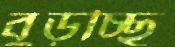
বুড়চ্ছি